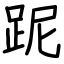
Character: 跜